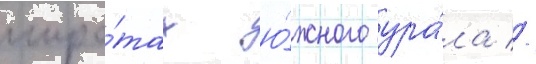
широ́тах ю́жного ура́ла //